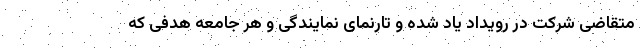
متقاضی شرکت در رویداد یاد شده و تارنمای نمایندگی و هر جامعه هدفی که